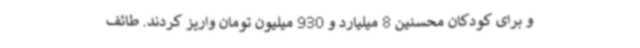
و برای کودکان محسنین 8 میلیارد و 930 میلیون تومان واریز کردند. طائف